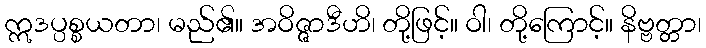
ဣဒပ္ပစ္စယတာ၊ မည်၏။ အဝိဇ္ဇာဒီဟိ၊ တို့ဖြင့်။ ဝါ၊ တို့ကြောင့်။ နိဗ္ဗတ္တာ၊